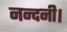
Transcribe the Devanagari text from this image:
नन्दनी।